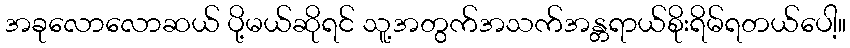
အခုလောလောဆယ် ပို့မယ်ဆိုရင် သူ့အတွက်အသက်အန္တရာယ်စိုးရိမ်ရတယ်ပေါ့။